system: You are a helpful assistant.
user:
Analyze the provided spectrum to determine if it is a **"Cataclysmic Variables (CV)"**.

- **Key Indicators for CV (Check for either state):**
    - **State 1: Quiescent / Low-State (Emission-Dominated)**
        - **(Primary):** Strong and *very broad* Hydrogen Balmer emission lines (e.g., $H\alpha$ at 6563 Å, $H\beta$ at 4861 Å). The 'broadness' (high velocity dispersion, often FWHM > 1000 km/s) is the key diagnostic, indicating a high-velocity accretion disk.
        - **(Secondary):** Broad neutral Helium (He I) emission lines (e.g., 5876 Å, 6678 Å).
        - **(Key Confirmation):** Presence of high-excitation *ionized* Helium (He II) emission at 4686 Å. This is a strong indicator of accretion onto a white dwarf.
        - **(Line Profile):** Emission lines may exhibit a 'double-peaked' profile, which is a classic signature of a rotating accretion disk viewed at high inclination.

    - **State 2: Outburst / High-State (Absorption-Dominated)**
        - **(Primary):** Spectrum is dominated by a bright, blue continuum (looks like a hot star).
        - **(Secondary):** The emission lines from State 1 are weak, absent, or 'filled in', and are replaced by broad, shallow *absorption* lines (primarily Balmer and He I).
        - **(Morphology):** The overall spectrum mimics a hot B/A-type star. The crucial difference is that the absorption lines are significantly broader, shallower, and more 'washed-out' (or 'smeared') than the sharp lines of a normal stellar photosphere, due to high rotational speeds and pressure broadening in the disk.

Think first, call **spectral_visualization_tool** if needed to examine features in detail, then provide your final answer. Your response must adhere to the following strict rules:
1.  **Overall Structure:** Your response must follow the format `<think>...</think> <tool_call>...</tool_call> (if a tool is used) <answer>...</answer>`.
2.  **Tool Usage Constraint:** You may only make **one** tool call per turn.
3.  **Final Answer Format:** In the `<answer>` tag, your conclusion must be inside a `\boxed{}` command (e.g., `\boxed{YES}`), followed by your justification.

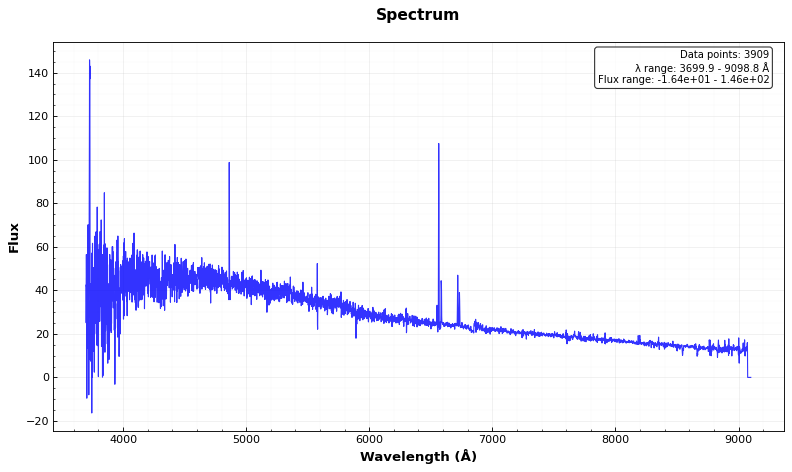
Answer: NO